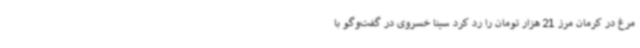
مرغ در کرمان مرز 21 هزار تومان را رد کرد سینا خسروی در گفت‌وگو با